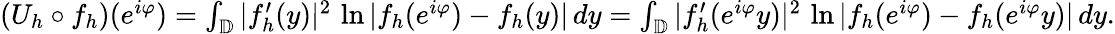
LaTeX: \begin{array}{r}{(U_{h}\circ f_{h})(e^{i\varphi})=\int_{\mathbb{D}}|f_{h}^{\prime}(y)|^{2}\, \ln|f_{h}(e^{i\varphi})-f_{h}(y)|\, dy=\int_{\mathbb{D}}|f_{h}^{\prime}(e^{i\varphi}y)|^{2}\, \ln|f_{h}(e^{i\varphi})-f_{h}(e^{i\varphi}y)|\, dy.}\end{array}